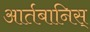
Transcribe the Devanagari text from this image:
आर्तबानिस्